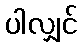
ပါလျှင်